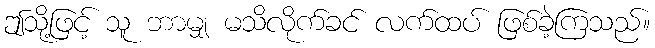
ဤသို့ဖြင့် သူ ဘာမျှ မသိလိုက်ခင် လက်ထပ် ဖြစ်ခဲ့ကြသည်။